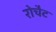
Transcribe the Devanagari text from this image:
रोचैट